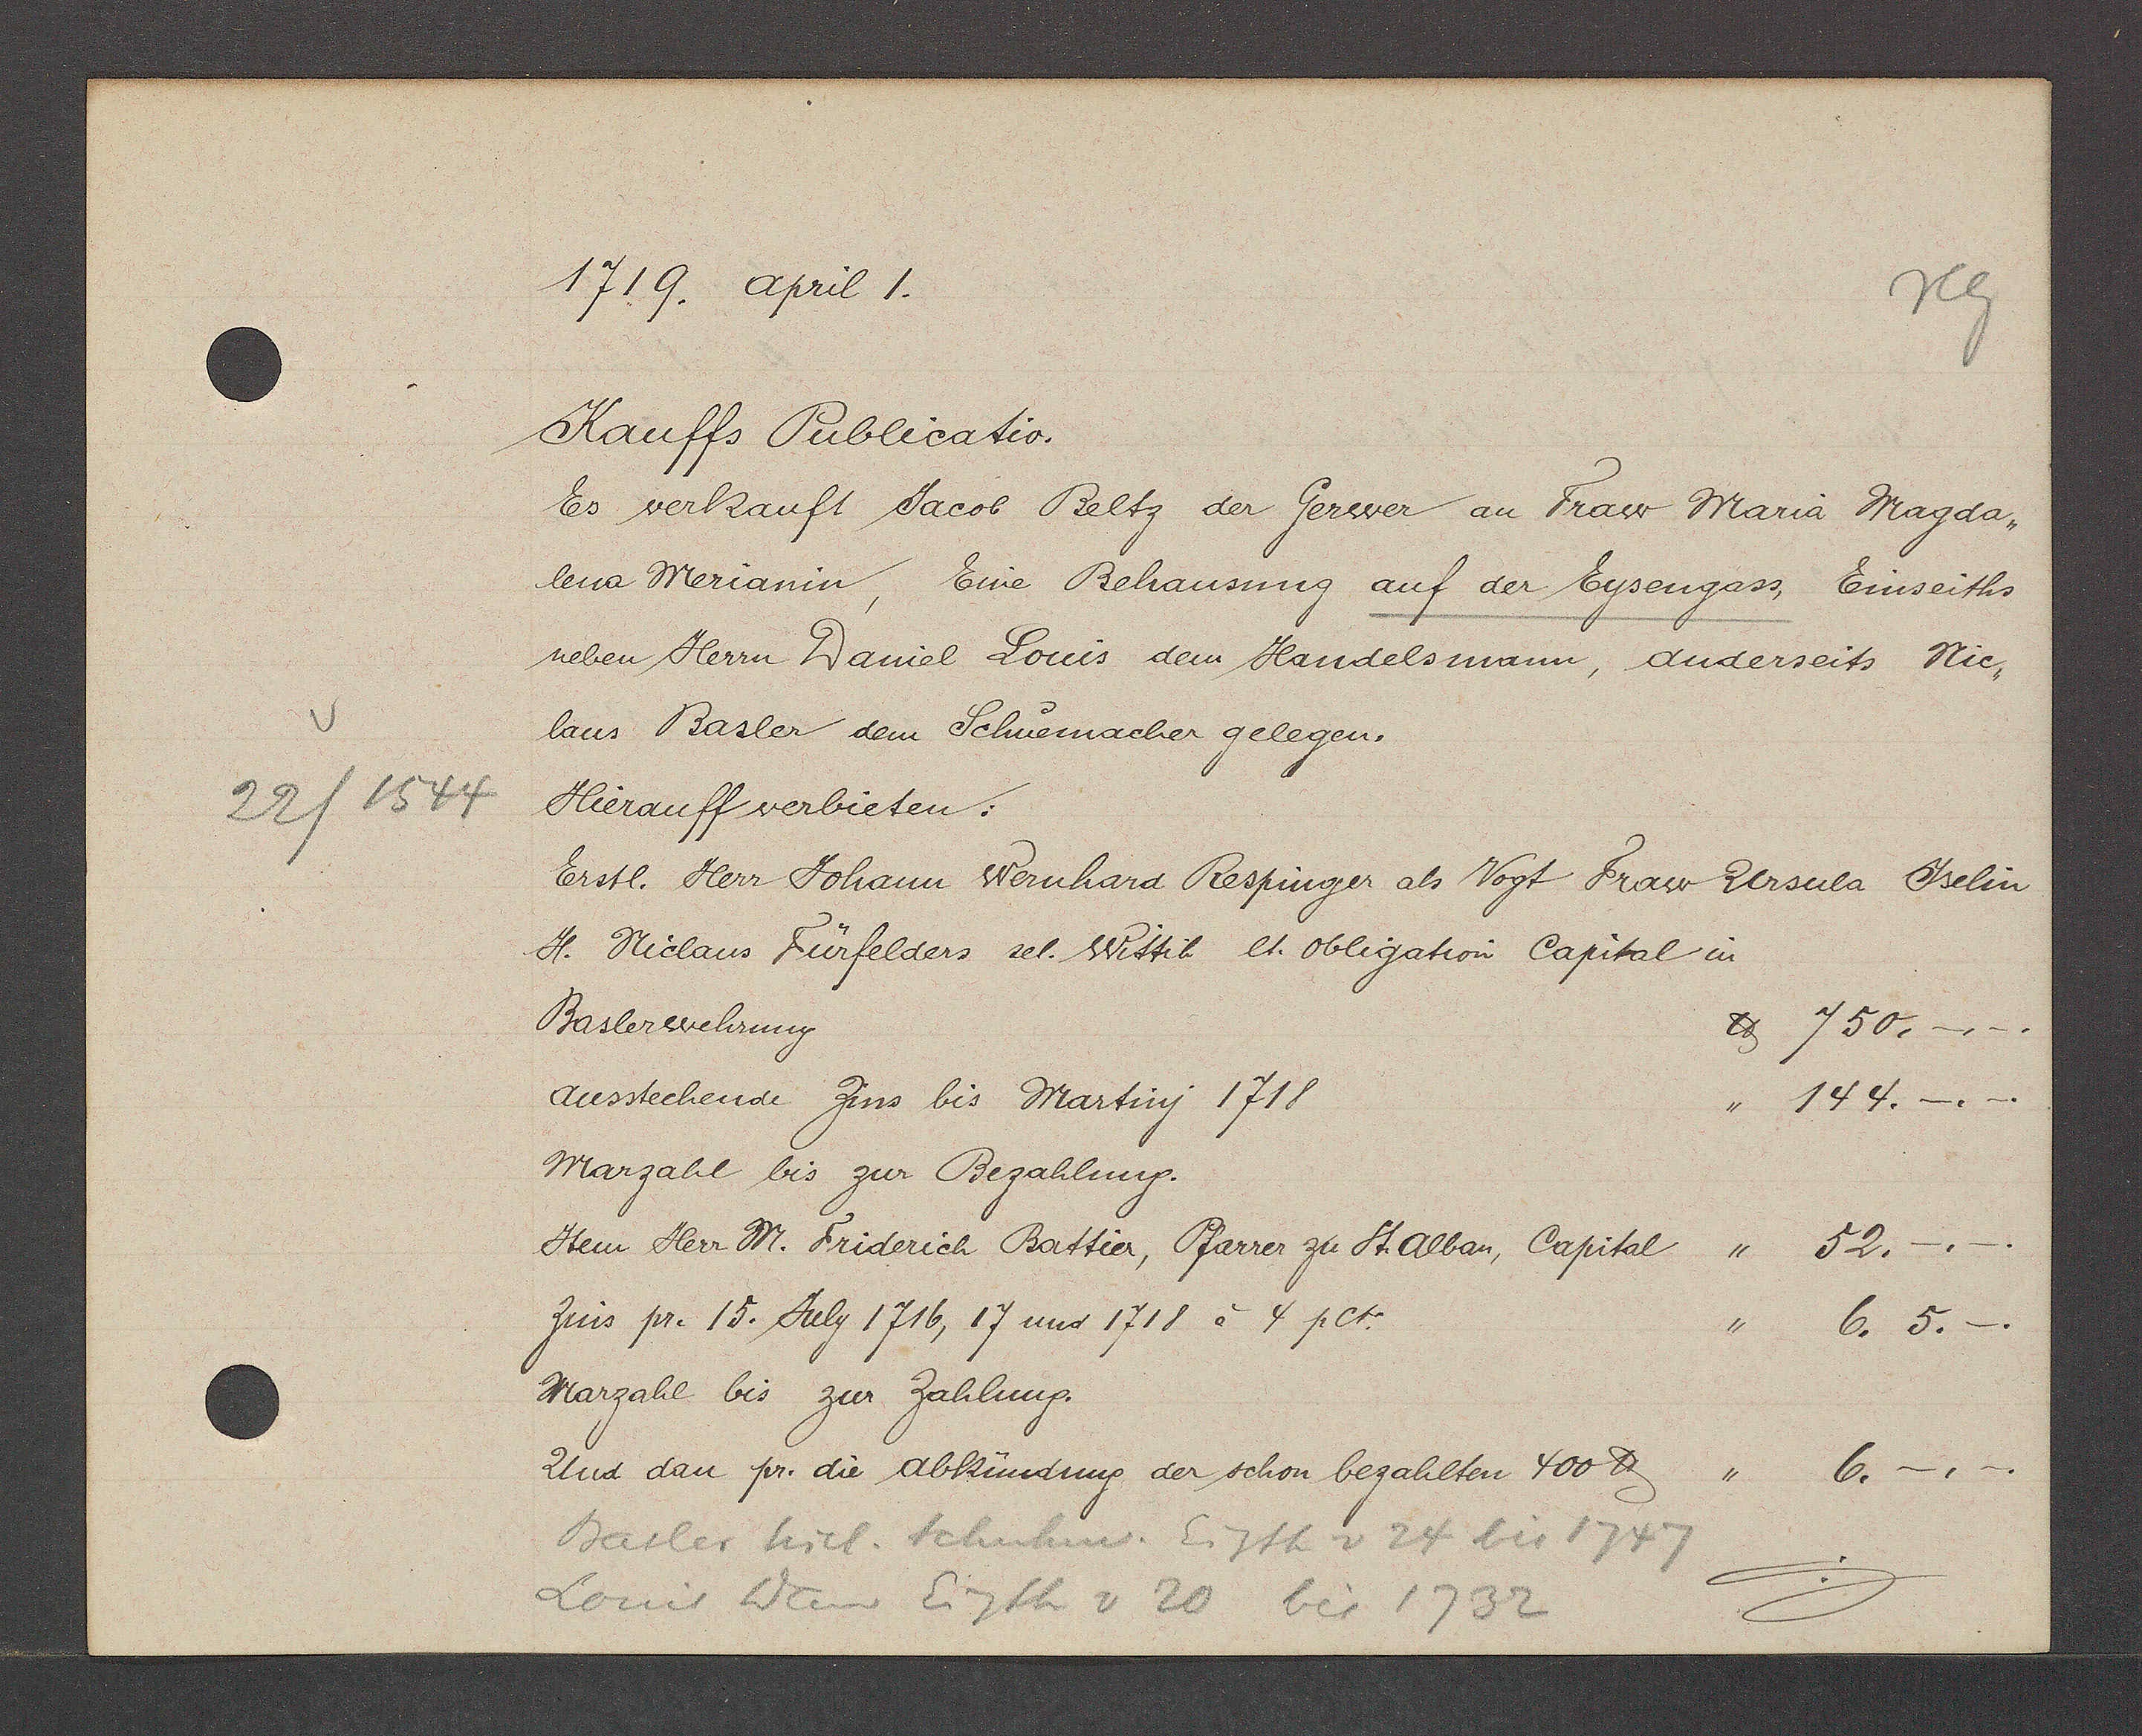
Transcript:
22 / 1544

1719. april 1.
Kauffs Publicatio.
Es verkauft Jacob Beltz der Gerwer an Fraw Maria Magda-
lena Merianin, Eine Behausung auf der Eysengass Einseiths
neben Herrn Daniel Louis dem Handelsmann, duderseits Nic-
laus Basler dem Schuemacher gelegen.
Hierauff verbieten:
Erstl. Herr Johann Wernhard Respinger als Vogt Fraw Ursula Jselin
H. Niclaus Fürfelders sel. Wittib lt. Obligation Capital in
Baslerwehrung          ℔ 750.-.-.
ausstechende Zins bis Martinj 1718          " 144.-.-.
Marzahl bis zur Bezahlung.
Jtem Herr M. Friderich Battier, Pfarrer zu St. Alban, Capital " 52.-.-.
Zins prc 15. Juli 1716, 17 und 1718 à 4 pCt.          " 6.5.-.
Marzahl bis zur Zahlung.
Und dan pr. die Abkündung der schon bezahlten 400 ℔          " 6.-.-
Basler Nicl. Schuhm. Eigth v 24 bis 1747
Louis Dan Eigth v 20 bis 1732